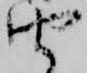
由